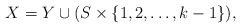
\begin{align*}X=Y \cup (S \times \{1,2,\ldots,k-1\}),\end{align*}